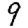
Digit: 9